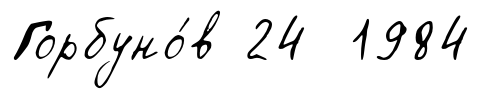
Горбуно́в 24 1984